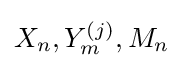
X_{n},Y_{m}^{(j)},M_{n}